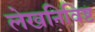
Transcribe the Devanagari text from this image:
लेखनिविष्ट